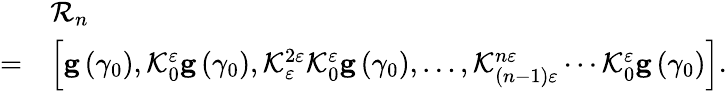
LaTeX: \begin{array}{rl}&{\mathcal{R}_{n}}\\ {=}&{\left[\mathbf{g}\left(\gamma_{0}\right),\mathcal{K}_{0}^{\varepsilon}\mathbf{g}\left(\gamma_{0}\right),\mathcal{K}_{\varepsilon}^{2\varepsilon}\mathcal{K}_{0}^{\varepsilon}\mathbf{g}\left(\gamma_{0}\right),\ldots,\mathcal{K}_{\left(n-1\right)\varepsilon}^{n\varepsilon}\cdots\mathcal{K}_{0}^{\varepsilon}\mathbf{g}\left(\gamma_{0}\right)\right].}\end{array}